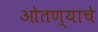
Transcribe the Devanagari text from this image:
ओतण्याचे